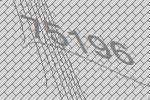
75196